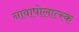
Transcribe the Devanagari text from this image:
नावापोलात्स्क